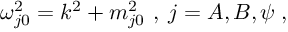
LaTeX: \omega _ { j 0 } ^ { 2 } = k ^ { 2 } + m _ { j 0 } ^ { 2 } \, \, , \; j = A , B , \psi \; ,